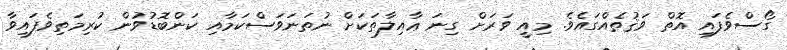
ގޯސްވެފައި އޮތް ވަޤުތެއްގައެވެ. މިއީ ވަރަށް ގިނަ ޢާއިލާތަކަށް ނުތަނަވަސްކަމާއި ކަންބޮޑުވުން ކުރިމަތިވެފައިވާ